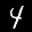
Label: 4